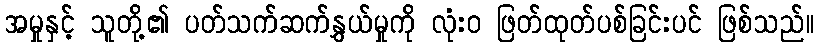
အမှုနှင့် သူတို့၏ ပတ်သက်ဆက်နွှယ်မှုကို လုံးဝ ဖြတ်ထုတ်ပစ်ခြင်းပင် ဖြစ်သည်။